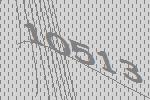
10513